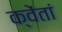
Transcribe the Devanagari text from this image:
क्वेंतां